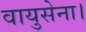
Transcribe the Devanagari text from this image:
वायुसेना।